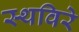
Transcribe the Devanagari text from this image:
स्थविरे